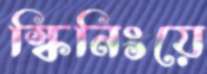
স্কিনিংয়ে